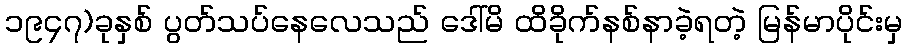
၁၉၄၇)ခုနှစ် ပွတ်သပ်နေလေသည် ဒေါ်မိ ထိခိုက်နစ်နာခဲ့ရတဲ့ မြန်မာပိုင်းမှ